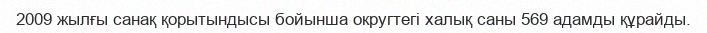
2009 жылғы санақ қорытындысы бойынша округтегі халық саны 569 адамды құрайды.